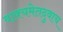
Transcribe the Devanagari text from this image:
वाक्यमेतदुवाच